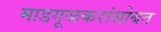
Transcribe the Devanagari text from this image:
माडगूळकरांसोबत